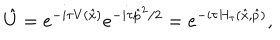
\hat { U } = e ^ { - i \tau V ( \hat { x } ) } e ^ { - i \tau \hat { p } ^ { 2 } / 2 } = e ^ { - i \tau H _ { \tau } ( \hat { x } , \hat { p } ) } ,